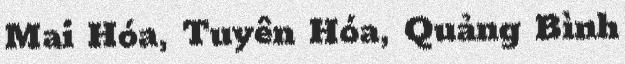
Mai Hóa, Tuyên Hóa, Quảng Bình